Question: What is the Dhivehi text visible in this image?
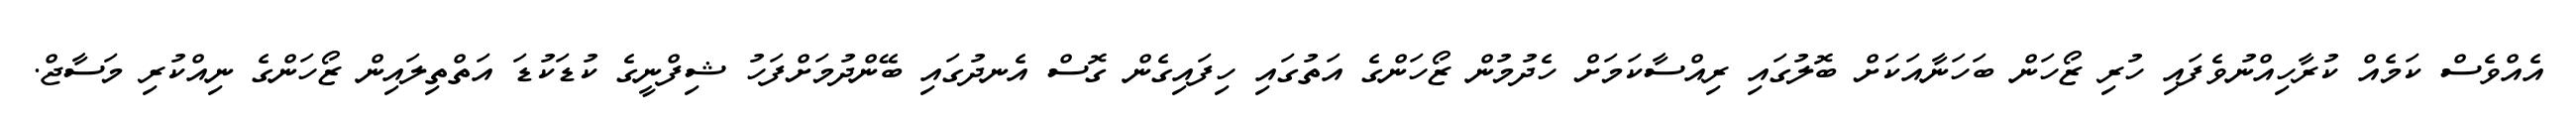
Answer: އެއްވެސް ކަމެއް ކުރާހިއްނުވެފައި ހުރި ޒޯހަން ބަހަނާއަކަށް ބޮލުގައި ރިއްސާކަމަށް ހެދުމުން ޒޯހަންގެ އަތުގައި ހިފައިގެން ގޮސް އެނދުގައި ބޭންދުމަށްފަހު ޝިފްނީގެ ކުޑަކުޑަ އަތްތިލައިން ޒޯހަންގެ ނިއްކުރި މަސާޖް.